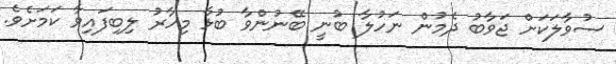
ސުވާލަކަށް ޖަވާބު ދެމުން ނަހުލާ ބުނީ ބޭނުންވާ ބުޅާ މިހާރު ލިބިފައިވާ ކަމަށެވެ.